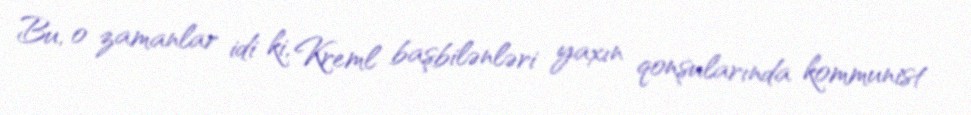
Bu, o zamanlar idi ki, Kreml başbilənləri yaxın qonşularında kommunist